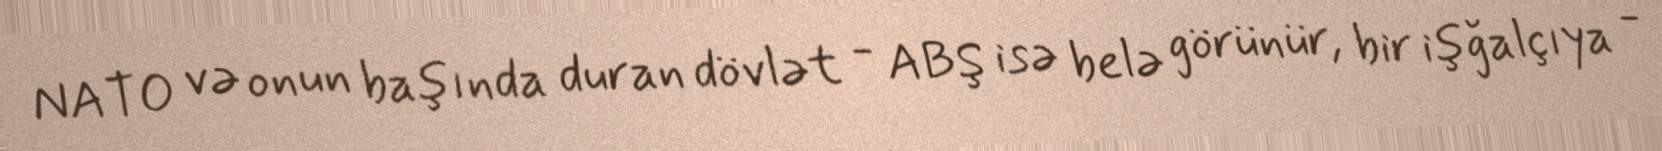
NATO və onun başında duran dövlət - ABŞ isə belə görünür, bir işğalçıya -